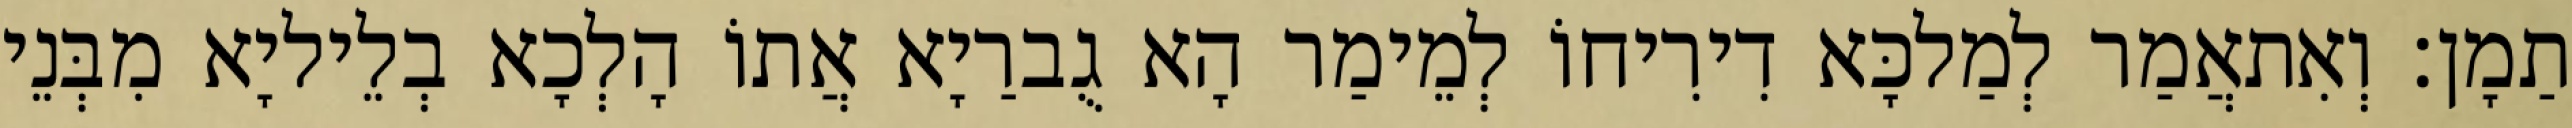
תַמָן׃ וְאִתאֲמַר לְמַלכָּא דִירִיחוֹ לְמֵימַר הָא גֻברַיָא אֲתוֹ הָלְכָא בְלֵיליָא מִבְּנֵי